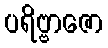
ပရိဗ္ဗာဇော